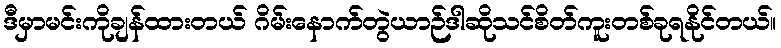
ဒီမှာမင်းကိုချန်ထားတယ် ဂိမ်းနောက်တွဲယာဉ်ဒါဆိုသင်စိတ်ကူးတစ်ခုရနိုင်တယ်။